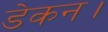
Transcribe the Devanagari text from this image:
डेकन।